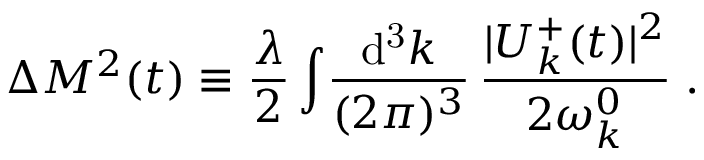
\Delta { \cal M } ^ { 2 } ( t ) \equiv \frac { \lambda } { 2 } \int \! \frac { \mathrm { d ^ { 3 } } k } { ( 2 \pi ) ^ { 3 } } \, \frac { | U _ { k } ^ { + } ( t ) | ^ { 2 } } { 2 \omega _ { k } ^ { 0 } } \; .